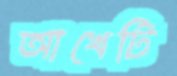
আখেটি